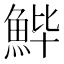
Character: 𱆬